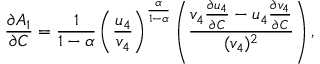
\frac { \partial A _ { 1 } } { \partial C } = \frac { 1 } { 1 - \alpha } \left( \frac { u _ { 4 } } { v _ { 4 } } \right) ^ { \frac { \alpha } { 1 - \alpha } } \left( \frac { v _ { 4 } \frac { \partial u _ { 4 } } { \partial C } - u _ { 4 } \frac { \partial v _ { 4 } } { \partial C } } { ( v _ { 4 } ) ^ { 2 } } \right) ,